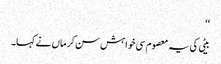
‘‘
بیٹی کی یہ معصوم سی خواہش سن کر ماں نے کہا۔